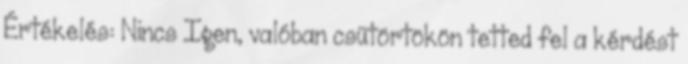
Értékelés: Nincs Igen, valóban csütörtökön tetted fel a kérdést